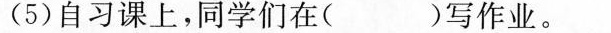
(5)自习课上，同学们在( )写作业。